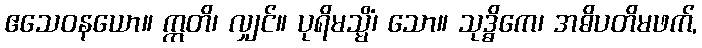
ဧသေဝနယော။ ဣတိ၊ လျှင်။ ပုရိမသ္မိံ၊ သော။ သုဒ္ဓိကေ၊ အဓိပတိမဖက်,